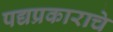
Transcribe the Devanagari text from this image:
पद्यप्रकाराचे